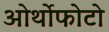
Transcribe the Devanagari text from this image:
ओर्थोफोटो